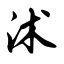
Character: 沭